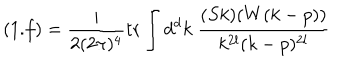
( 1 . f ) = \frac { i } { 2 ( 2 \pi ) ^ { 4 } } \mathrm { t r } \int d ^ { d } k \ \frac { ( S k ) ( W ( k - p ) ) } { k ^ { 2 l } ( k - p ) ^ { 2 l } }